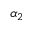
\alpha _ { 2 }